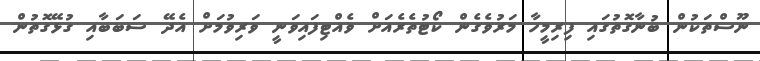
ނޫސްތަކުން ބުނާގޮތުގައި ފިރިމީހާ މަރުވެގެން ކޯޓުތެރެއަށް ވެއްޓިފައިވަނީ ވަރިވުމަށް އެދޭ ސަބަބާއި ގުޅޭގޮތުން